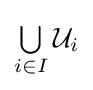
{\textstyle \bigcup \limits _{i\in I}{\mathcal {U}}_{i}}